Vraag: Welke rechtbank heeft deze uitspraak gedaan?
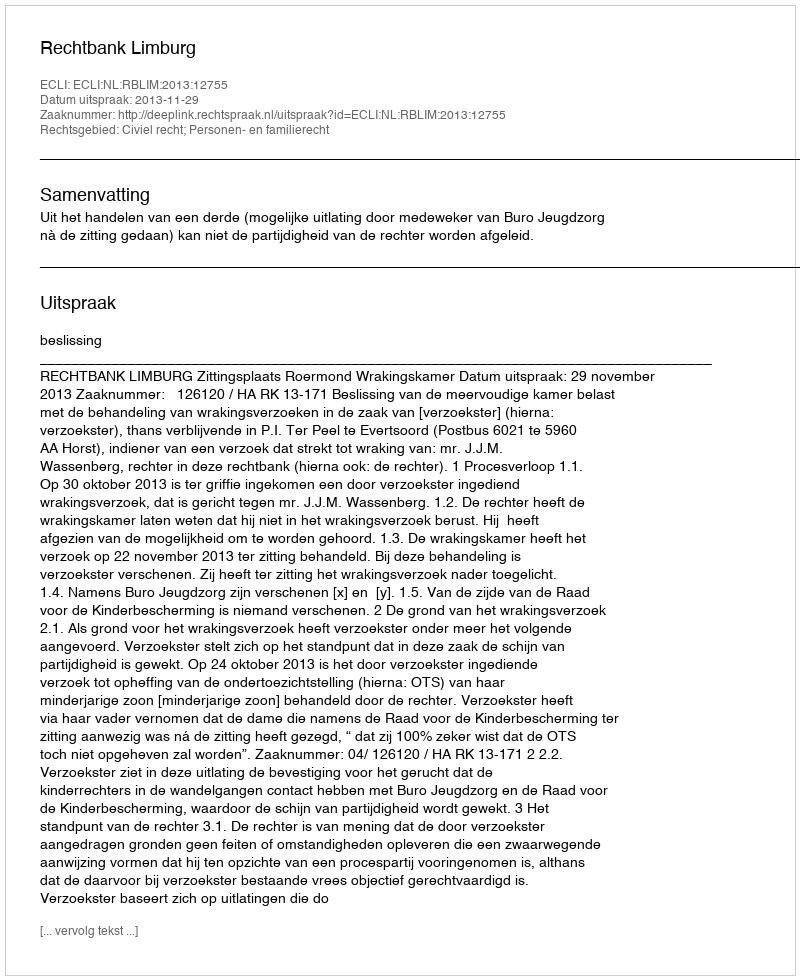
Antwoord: Rechtbank Limburg